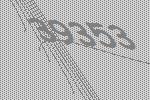
39353